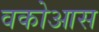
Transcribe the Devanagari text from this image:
वकोआस